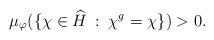
LaTeX: \begin{align*} \mu_\varphi(\{\chi \in \widehat{H} \: : \: \chi^g = \chi\}) > 0. \end{align*}